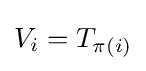
V_{i}=T_{\pi (i)}